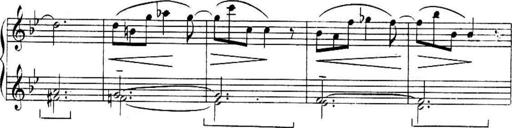
Title: Sonatines
Composer: Hedwige ChrÃ©tien